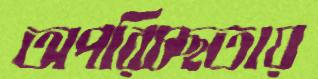
অপরিচ্ছতায়